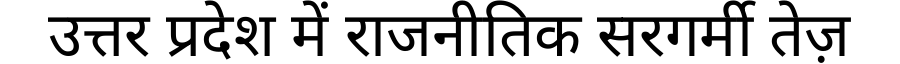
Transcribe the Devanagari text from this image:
उत्तर प्रदेश में राजनीतिक सरगर्मी तेज़